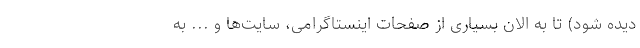
دیده شود) تا به الان بسیاری از صفحات اینستاگرامی، سایت‌ها و ... به